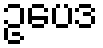
ဥပေဒ